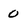
Character: 0